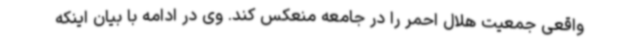
واقعی جمعیت هلال احمر را در جامعه منعکس کند. وی در ادامه با بیان اینکه